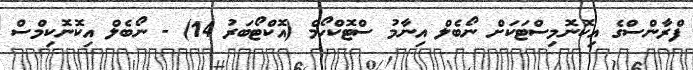
ފްރާންސްގެ އިކޮނޮމިސްޓަކަށް ނޯބެލް އިނާމު ސްޓޮކްހޯމް (އޮކްޓޯބަރު 14) - ނޯބެލް އިކޮނޮކިމްސް